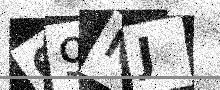
Text: 69NJ